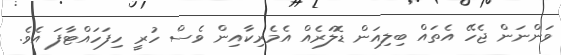
ވަންނަން ޖެހޭ އެތައް ބިލިއަން ޑޮލަރެއް އެމެރިކާއިން ވެސް ހުރީ ހިފަހައްޓާފަ އެވެ.